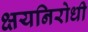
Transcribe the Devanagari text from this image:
क्षयनिरोधी